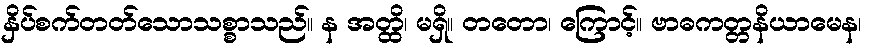
နှိပ်စက်တတ်သောသစ္စာသည်။ န အတ္ထိ၊ မရှိ။ တတော၊ ကြောင့်။ ဗာဓကတ္တနိယာမေန၊